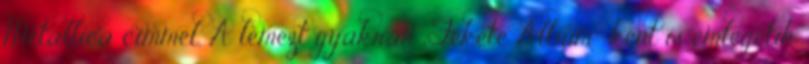
Metallica címmel. A lemezt gyakran „Fekete Album”-ként is emlegetik